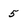
Character: 5